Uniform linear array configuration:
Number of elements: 32
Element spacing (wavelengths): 0.75
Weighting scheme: uniform
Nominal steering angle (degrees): -30
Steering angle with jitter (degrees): -30.093
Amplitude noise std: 0.05
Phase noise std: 0.05

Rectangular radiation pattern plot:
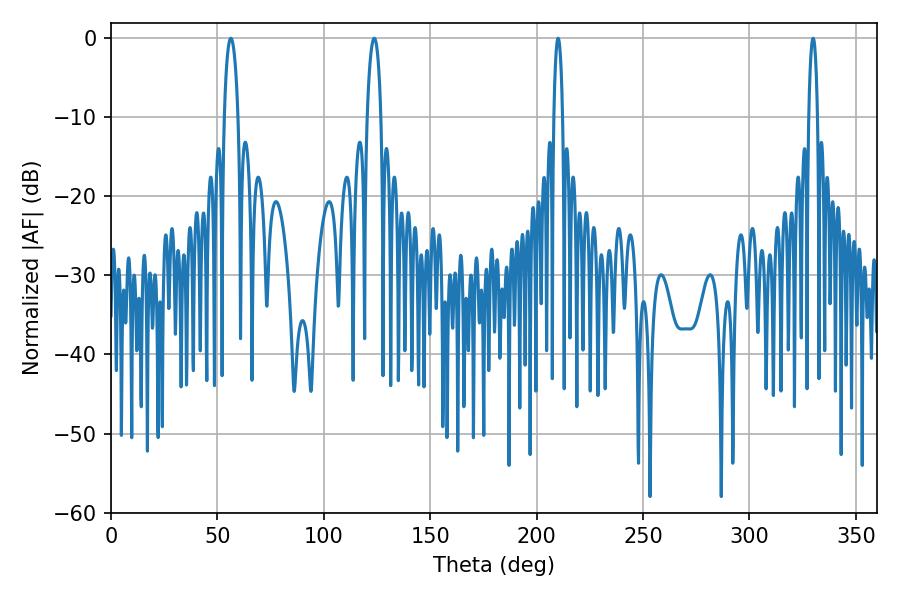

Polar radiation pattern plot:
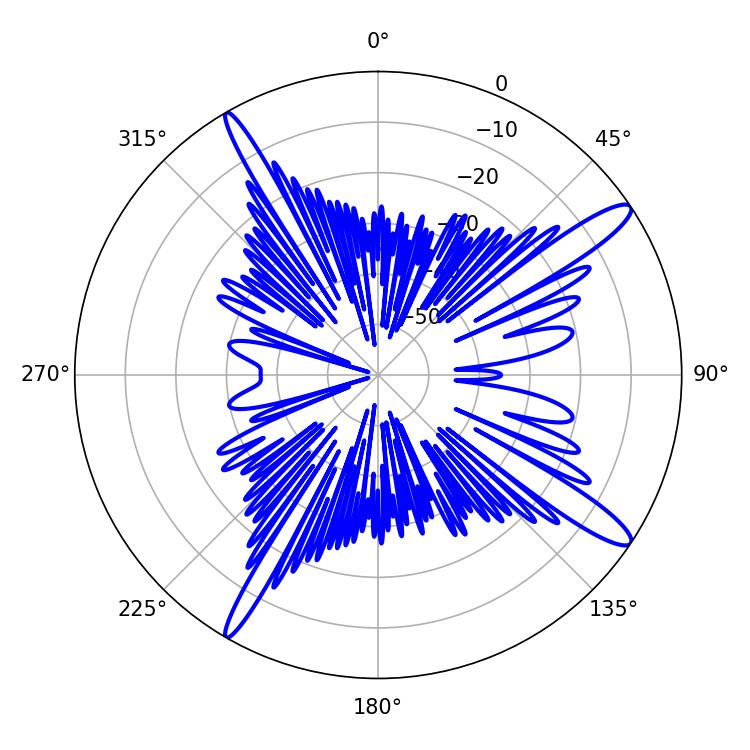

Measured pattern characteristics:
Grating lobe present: TRUE
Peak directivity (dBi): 14.195
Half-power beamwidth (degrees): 3.6
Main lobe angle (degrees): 56.34